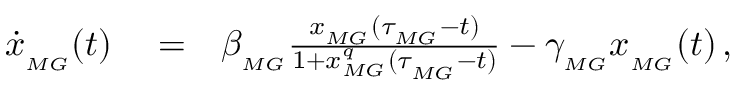
\begin{array} { r l r } { \dot { x } _ { _ { M G } } ( t ) } & { { } = } & { \beta _ { _ { M G } } \frac { x _ { _ { M G } } ( \tau _ { _ { M G } } - t ) } { 1 + x _ { _ { M G } } ^ { q } ( \tau _ { _ { M G } } - t ) } - \gamma _ { _ { M G } } x _ { _ { M G } } ( t ) \, , } \end{array}